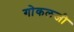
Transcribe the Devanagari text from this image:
गोकलजी